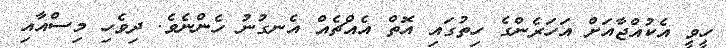
ހީވީ އެކުއްޖާއަށް އަހަރެންގެ ހިތުގައި އޮތް އެއްޗެއް އެނގުނު ހެންނެވެ. ދިވެހި މިސްއާއި